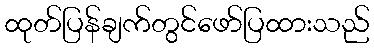
ထုတ်ပြန်ချက်တွင်ဖော်ပြထားသည်